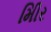
મીિર